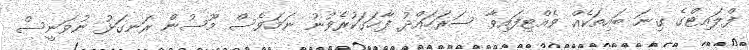
ފްލައިޓްގެ ގިނަ ބައިތަކެއް ވެއްޓިފައިވާ ސަރަހައްދު ފާހަގަކުރެވުނު ނަމަވެސް މޫސުން ރަނގަޅު ނުވަނީސް